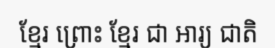
ខ្មែរ ព្រោះ ខ្មែរ ជា អារ្យ ជាតិ